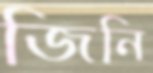
জিনি